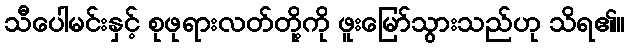
သီပေါမင်းနှင့် စုဖုရားလတ်တို့ကို ဖူးမြော်သွားသည်ဟု သိရ၏။